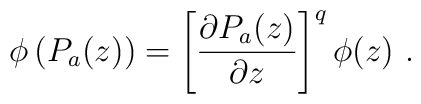
\phi \left( P_a(z)\right) =\left[ \frac{\partial P_a(z)}{\partial z}\right] ^q\phi (z)\ .